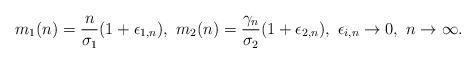
LaTeX: \begin{align*} m_1(n)=\frac{n}{\sigma_1}(1+\epsilon_{1,n}),\ m_2(n)=\frac{\gamma_n}{\sigma_2}(1+\epsilon_{2,n}),\ \epsilon_{i,n}\to 0,\ n\to\infty.\end{align*}